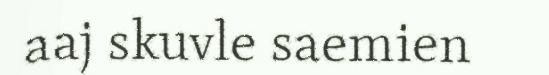
aaj skuvle saemien